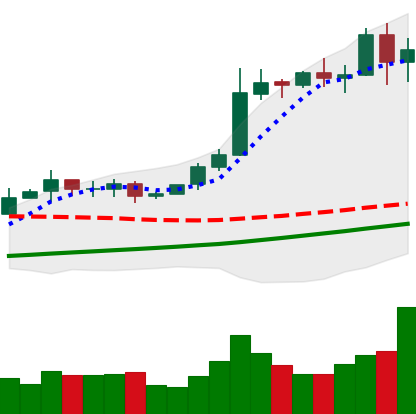
Ticker: BTC-USD
Chart end date: 2020-10-29
Forward return: 3.813%
Label: up_3_5